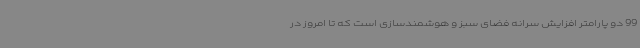
99 دو پارامتر افزایش سرانه فضای سبز و هوشمندسازی است که تا امروز در